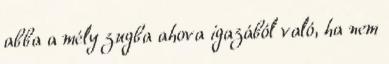
abba a mély zugba ahova igazából való, ha nem